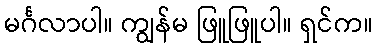
မင်္ဂလာပါ။ ကျွန်မ ဖြူဖြူပါ။ ရှင်က။